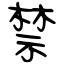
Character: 禁